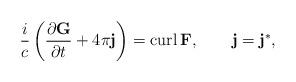
LaTeX: \begin{align*}\frac{i}{c}\left( \frac{\partial\mathbf{G}}{\partial t}+4\pi\mathbf{j}\right) =\operatorname{curl}\mathbf{F},\qquad\mathbf{j}=\mathbf{j}^{\ast},\end{align*}